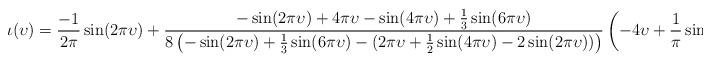
LaTeX: \begin{align*}\iota(\upsilon) = \frac{-1}{2\pi}\sin(2\pi \upsilon)+\frac{-\sin(2\pi \upsilon) + 4\pi \upsilon - \sin(4\pi \upsilon) + \frac{1}{3}\sin(6\pi \upsilon)}{8\left(-\sin(2\pi \upsilon) + \frac 13 \sin(6\pi \upsilon) - (2 \pi \upsilon + \frac 12 \sin(4\pi \upsilon) - 2\sin(2\pi \upsilon))\right)}\left(-4\upsilon + \frac{1}{\pi}\sin(4\pi \upsilon)\right)\end{align*}